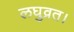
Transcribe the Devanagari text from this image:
लघुव्रत।